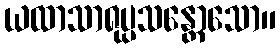
ယထာသာရုပ္ပသန္တောသော။